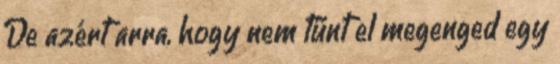
De azért arra, hogy nem tűnt el megenged egy